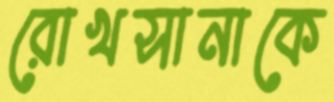
রোখসানাকে